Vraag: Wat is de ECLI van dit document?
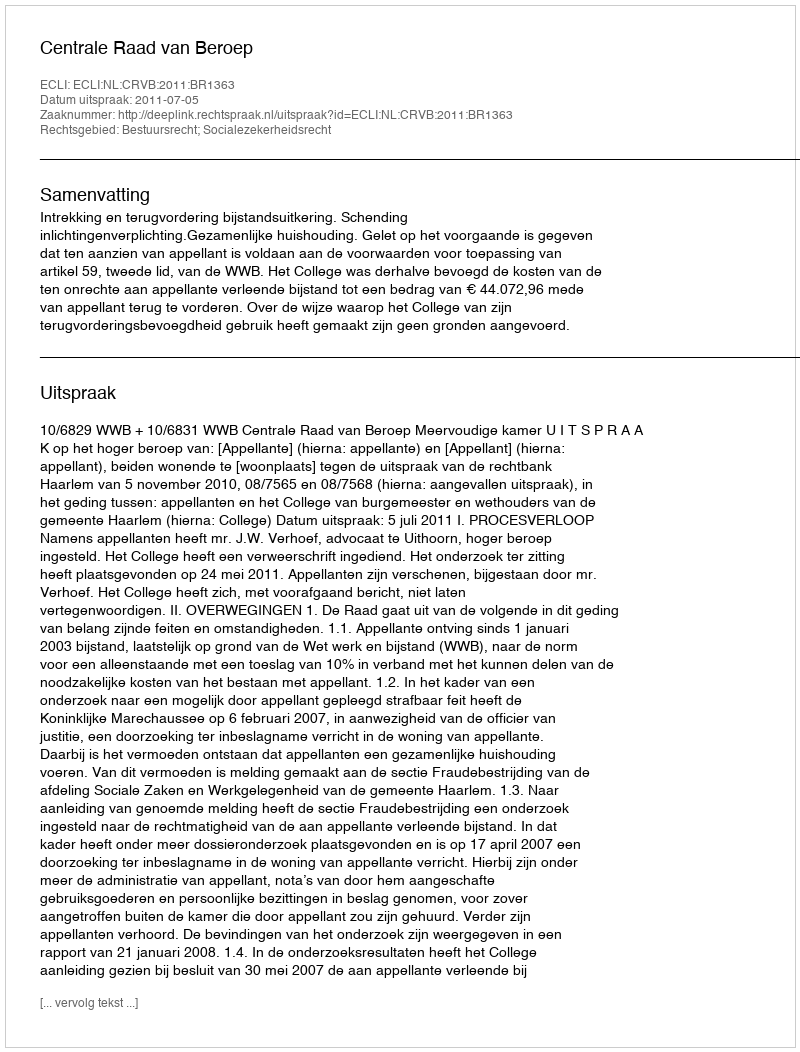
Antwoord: ECLI:NL:CRVB:2011:BR1363